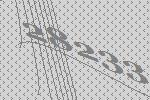
28233